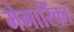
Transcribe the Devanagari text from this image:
मेगारिंका